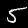
Digit: 5